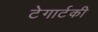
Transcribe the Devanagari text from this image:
टेगार्टकी